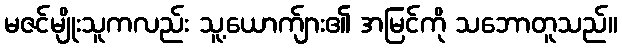
မဇင်မျိုးသူကလည်း သူ့ယောက်ျား၏ အမြင်ကို သဘောတူသည်။